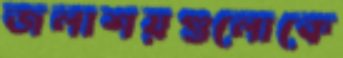
জলাশয়গুলোকে